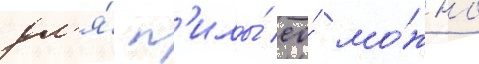
дл'я́ п'илы́ ео́ мо́жно